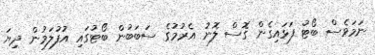
ނަމަވެސް ބޯޓު ފަޅައިގެން ގޮސް ލޮނު އެރުމުގެ ސަބަބުން ބޯޓުގައި އުފުލަމުން ދިޔަ